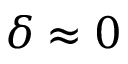
\delta \approx 0